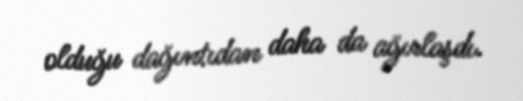
olduğu dağıntıdan daha da ağırlaşdı.